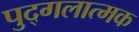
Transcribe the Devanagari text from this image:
पुद्गलात्मक